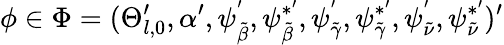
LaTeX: \phi\in\Phi=(\Theta_{l,0}^{\prime},\alpha^{\prime},\psi_{\tilde{\beta}}^{'},\psi_{\tilde{\beta}}^{*^{\prime}},\psi_{\tilde{\gamma}}^{'},\psi_{\tilde{\gamma}}^{*^{\prime}},\psi_{\tilde{\nu}}^{'},\psi_{\tilde{\nu}}^{*^{\prime}})^{\prime}